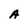
Character: A